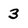
Character: 3